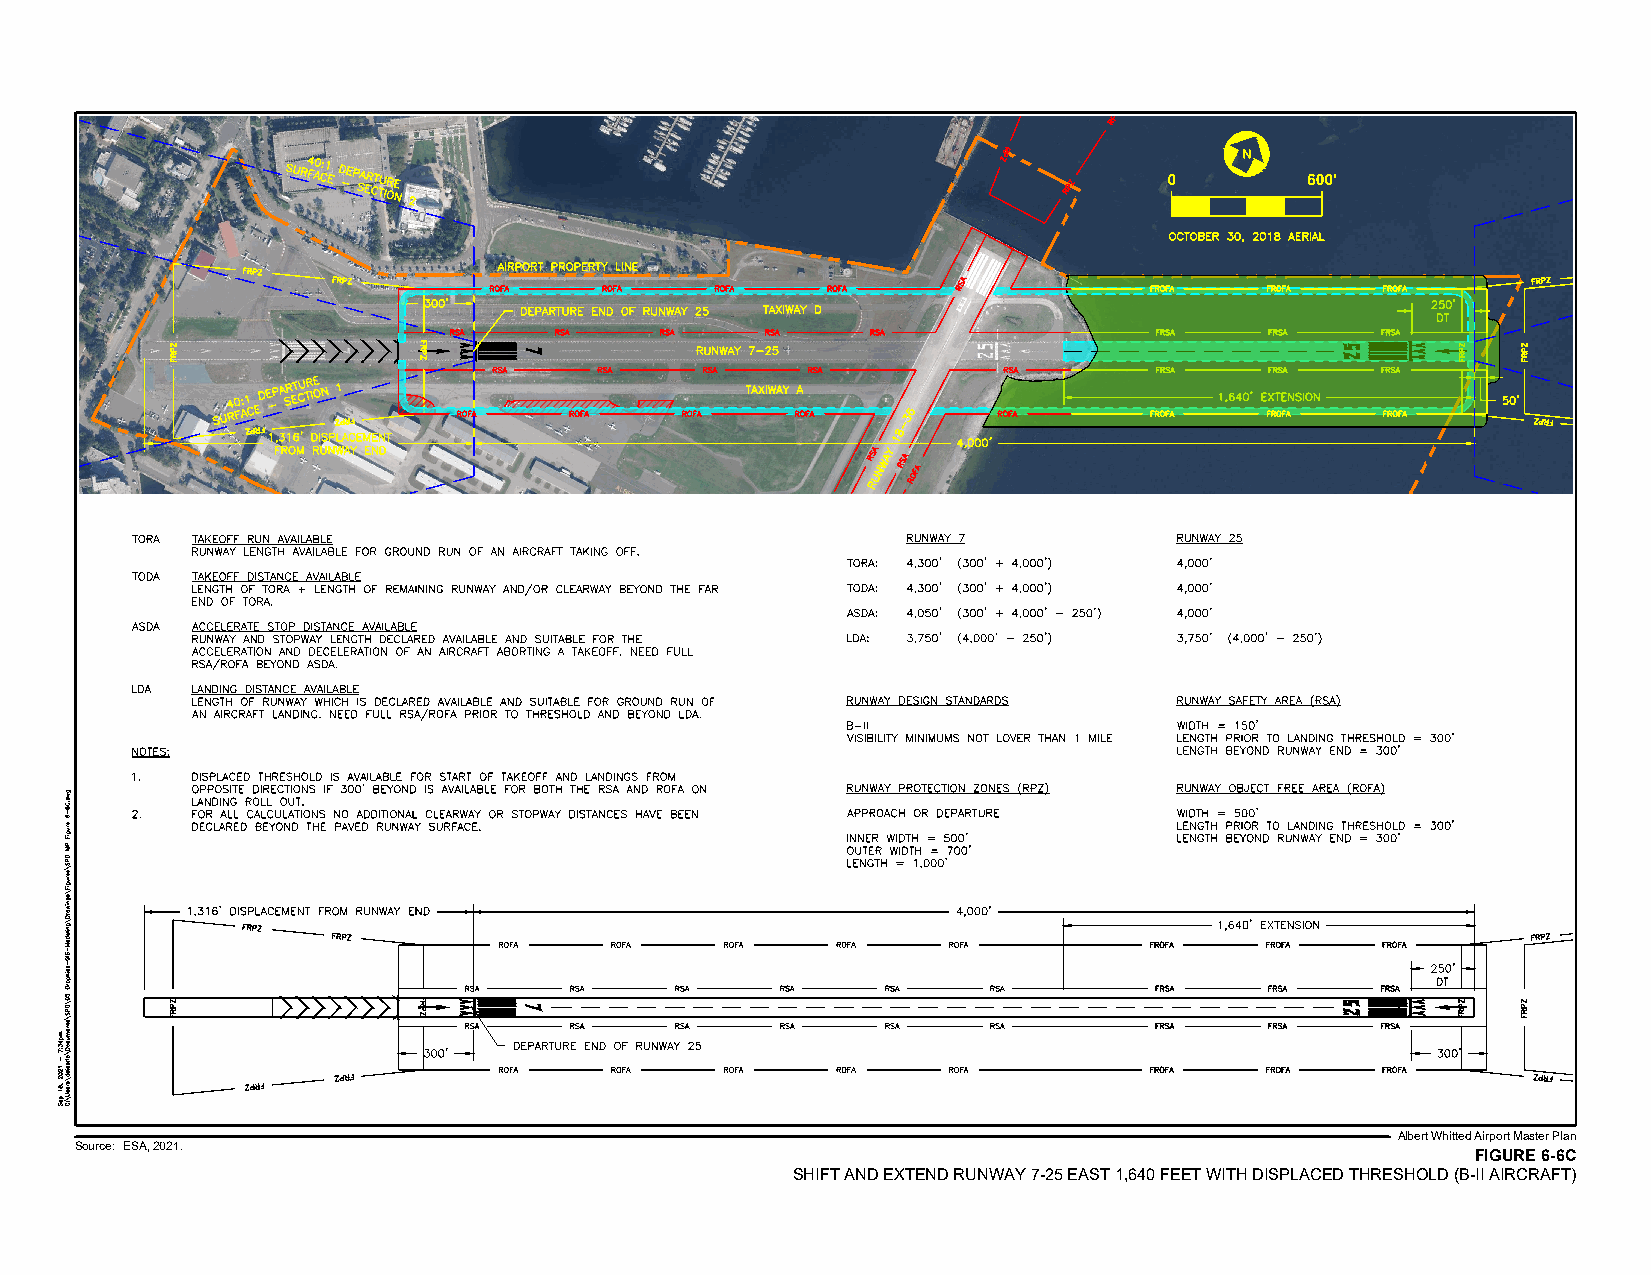
N
 0        600'
 Albert Whitted Airport Master Plan
 Source: ESA, 2021.
 FIGURE 6-6C
 SHIFT AND EXTEND RUNWAY 7-25 EAST 1,640 FEET WITH DISPLACED THRESHOLD (B-II AIRCRAFT)